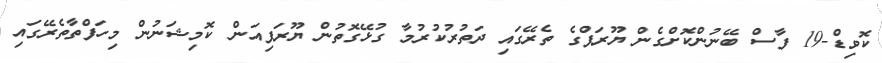
ކޮވިޑް-19 ފާސް ބޭނުންކޮށްގެން ޔޫރަޕްގެ ތެރޭގައި ދަތުރުކުރުމާ ގުޅޭގޮތުން ޔޫރަޕިއަން ކޮމިޝަނުން މިހަފްތާތެރޭގައި